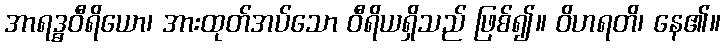
အာရဒ္ဓဝီရိယော၊ အားထုတ်အပ်သော ဝီရိယရှိသည် ဖြစ်၍။ ဝိဟရတိ၊ နေ၏။